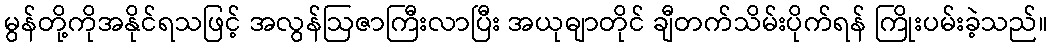
မွန်တို့ကိုအနိုင်ရသဖြင့် အလွန်ဩဇာကြီးလာပြီး အယုဓျာတိုင် ချီတက်သိမ်းပိုက်ရန် ကြိုးပမ်းခဲ့သည်။